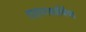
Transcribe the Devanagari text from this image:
हाइपरकार्बिया